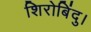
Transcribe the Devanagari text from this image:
शिरोबिंदु।